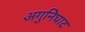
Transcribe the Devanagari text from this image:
अगुनिघाट